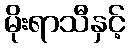
မိုးရာသီနှင့်